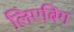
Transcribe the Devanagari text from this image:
लिएबिग